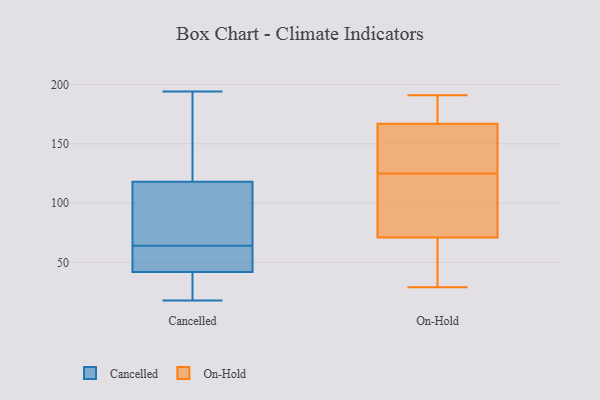
{"axis": {"x": "Headcount", "y": "Value"}, "legend": ["Cancelled", "On-Hold"], "data": [{"x": "", "y": 38, "type": "Cancelled"}, {"x": "", "y": 92, "type": "Cancelled"}, {"x": "", "y": 55, "type": "Cancelled"}, {"x": "", "y": 72, "type": "Cancelled"}, {"x": "", "y": 194, "type": "Cancelled"}, {"x": "", "y": 53, "type": "Cancelled"}, {"x": "", "y": 113, "type": "Cancelled"}, {"x": "", "y": 151, "type": "Cancelled"}, {"x": "", "y": 123, "type": "Cancelled"}, {"x": "", "y": 84, "type": "Cancelled"}, {"x": "", "y": 157, "type": "Cancelled"}, {"x": "", "y": 60, "type": "Cancelled"}, {"x": "", "y": 21, "type": "Cancelled"}, {"x": "", "y": 66, "type": "Cancelled"}, {"x": "", "y": 62, "type": "Cancelled"}, {"x": "", "y": 23, "type": "Cancelled"}, {"x": "", "y": 32, "type": "Cancelled"}, {"x": "", "y": 18, "type": "Cancelled"}, {"x": "", "y": 46, "type": "Cancelled"}, {"x": "", "y": 181, "type": "Cancelled"}, {"x": "", "y": 125, "type": "On-Hold"}, {"x": "", "y": 181, "type": "On-Hold"}, {"x": "", "y": 95, "type": "On-Hold"}, {"x": "", "y": 120, "type": "On-Hold"}, {"x": "", "y": 132, "type": "On-Hold"}, {"x": "", "y": 168, "type": "On-Hold"}, {"x": "", "y": 171, "type": "On-Hold"}, {"x": "", "y": 29, "type": "On-Hold"}, {"x": "", "y": 62, "type": "On-Hold"}, {"x": "", "y": 41, "type": "On-Hold"}, {"x": "", "y": 164, "type": "On-Hold"}, {"x": "", "y": 63, "type": "On-Hold"}, {"x": "", "y": 154, "type": "On-Hold"}, {"x": "", "y": 173, "type": "On-Hold"}, {"x": "", "y": 110, "type": "On-Hold"}, {"x": "", "y": 131, "type": "On-Hold"}, {"x": "", "y": 191, "type": "On-Hold"}, {"x": "", "y": 118, "type": "On-Hold"}, {"x": "", "y": 39, "type": "On-Hold"}]}